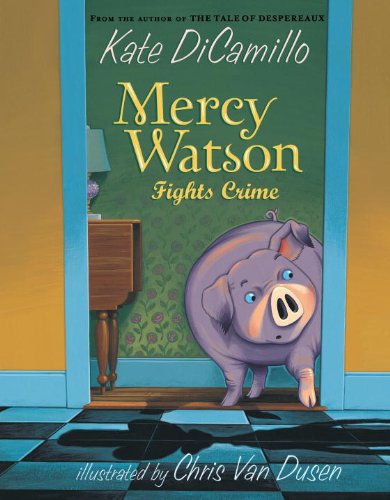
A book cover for Mercy Watson Fights Crime; Kate DiCamillo; Children's Books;